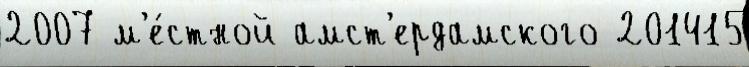
2007 м'е́стной амст'ердамского 201415